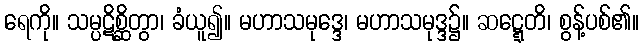
ရေကို။ သမ္ပဋိစ္ဆိတွာ၊ ခံယူ၍။ မဟာသမုဒ္ဒေ၊ မဟာသမုဒ္ဒ၌။ ဆဋ္ဋေတိ၊ စွန့်ပစ်၏။